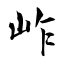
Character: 岞